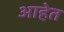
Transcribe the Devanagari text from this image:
आहेेत